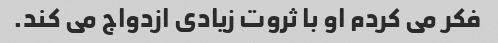
فکر می کردم او با ثروت زیادی ازدواج می کند.